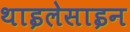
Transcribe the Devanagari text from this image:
थाइलेसाइन